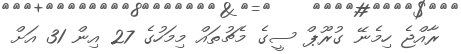
ރާއްޖެ ހިމެނޭ ގުރޫޕް ސީގެ މެޗުތައް މިމަހުގެ 27 އިން 31 އަށް